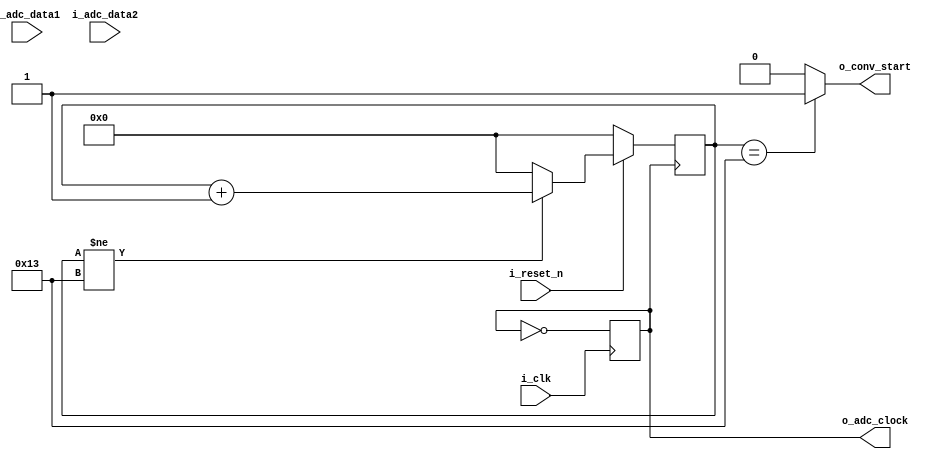
`timescale 1ns / 1ps
//////////////////////////////////////////////////////////////////////////////////
// Company: 
// Engineer: 
// 
// Design Name: 
// Module Name: ADS8361
// Project Name: 
// Target Devices: 
// Tool Versions: 
// Description: 
// 
// Dependencies: 
// 
// Revision:
// Revision 0.01 - File Created
// Additional Comments:
// 
//////////////////////////////////////////////////////////////////////////////////

`define ConvTime 20

module ADS8361
(
    input   i_clk,
    input   i_reset_n,
    input   i_adc_data1,
    input   i_adc_data2,
    output  o_conv_start,
    output  reg o_adc_clock
);
    
 reg [4:0] counter;//Counter to count number of clocks elapsed
 reg [7:0] clock_counter; //counter used for main clock division to ADC_Clock
 reg [15:0] channel_A_Data;
 reg [15:0] channel_B_Data;
 reg channel_A_Enable, channel_B_Enable;
 
 localparam IDLE = 'd0, //local parameter declaration
            GET_CHANNEL = 'd1,
            ENABLE_CHA = 'd2,
            ENABLE_CHB = 'd3,
            GetData = 'd4;
 
 reg [2:0] state;
 
always @(posedge i_clk)
begin 
    if(!i_reset_n)
    begin
        clock_counter <= 0;
    end 
    if(clock_counter != 4)
        clock_counter <= clock_counter + 1;
    else
        clock_counter <= 0;
end

/*
initial 
    o_adc_clock <= 0;

always @(posedge i_clk)
begin
    if(!i_reset_n)
    begin
        o_adc_clock <= 0;
    end
    if(i_reset_n && clock_counter == 4)
        o_adc_clock <= ~o_adc_clock;
end
*/

always @(posedge i_clk)
begin
    o_adc_clock = ~o_adc_clock;
end

always @(posedge o_adc_clock)
begin
    if(!i_reset_n)
    begin
        state <= IDLE;
        channel_A_Enable <= 1'b0;
        channel_B_Enable <= 1'b0;
    end
    else
    begin
        case(state)
            IDLE:begin
                if(o_conv_start)
                    state <= GET_CHANNEL;
            end
            GET_CHANNEL:begin
                if(i_adc_data1 == 1'b1)
                    state <= ENABLE_CHA;
                
                else
                    state <= ENABLE_CHB;
            end
            ENABLE_CHA:begin
                channel_A_Enable <= 1'b1;
                state <= GetData;
            end
           ENABLE_CHB:begin
                channel_B_Enable <= 1'b1;
                state <= GetData;
            end
            GetData:begin
                if(counter == 'd16)
                begin
                    channel_A_Enable <= 1'b0;
                    channel_B_Enable <= 1'b0;
                    state <= IDLE;
                end
            end
        endcase
    end
 end
 
 always @(posedge o_adc_clock)
 begin
 if(!i_reset_n)
    channel_A_Data <= 'd0;
 else if(channel_A_Enable)
    channel_A_Data <= {channel_A_Data[14:0],i_adc_data1}; 
 end
    
    
    
 always @(posedge o_adc_clock)
 begin
 if(!i_reset_n)
    channel_B_Data <= 'd0;
 else if(channel_B_Enable)
    channel_B_Data <= {channel_B_Data[14:0],i_adc_data1};
 end
    
 
 assign o_conv_start = (counter==19) ? 1'b1 : 1'b0;
 
 always @(negedge o_adc_clock)
 begin
    if(!i_reset_n)
        counter <= 5'd0;
    else
    begin
        if(counter != 19)
            counter <= counter + 1'b1;
        else
            counter <= 5'd0;
    end
  end
 
    
endmodule